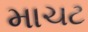
માચટ